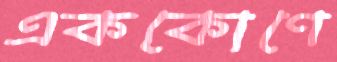
এককোণে